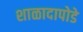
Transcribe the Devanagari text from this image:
शाळादापोडे